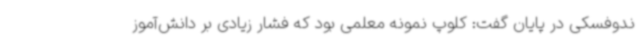
ندوفسکی در پایان گفت: کلوپ نمونه معلمی بود که فشار زیادی بر دانش‌آموز